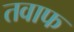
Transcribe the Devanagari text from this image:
तवाफ